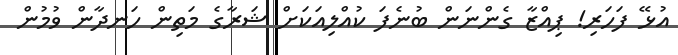
އުޅޭ ފަހަރި! ޕިއްޒާ ގެންނަން ބުނެފަ ކުއްލިއަކަށް ޝަރާގެ މަތިން ހަނދާން ވުމުން